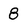
Character: 8